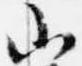
山